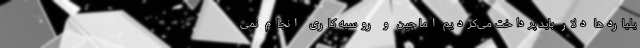
یلیاردها دلار باید پرداخت می‌کردیم اما چین و روسیه کاری انجام نمی